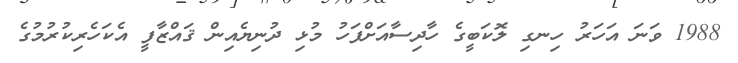
1988 ވަނަ އަހަރު ހިނގި ލޮކަބީގެ ހާދިސާއަށްފަހު މުޅި ދުނިޔެއިން ޤައްޒާފީ އެކަހެރިކުރުމުގެ